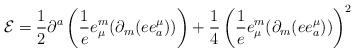
LaTeX: \begin{align*}{\cal E}=\frac{1}{2}\partial ^a\left(\frac{1}{e}e^m_\mu(\partial _m(ee^\mu_a)) \right)+\frac{1}{4}\left(\frac{1}{e}e^m_\mu(\partial _m(ee^\mu_a))\right)^2\end{align*}